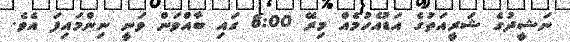
ނަޝީދުގެ ޝަރީއަތުގެ އަޑުއެހުމެއް މިރޭ 8:00 ގައި ބާއްވަން ވަނީ ނިންމައިފަ އެވެ.